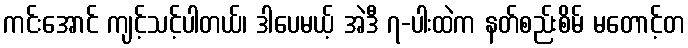
ကင်းအောင် ကျင့်သင့်ပါတယ်၊ ဒါပေမယ့် အဲဒီ ၇-ပါးထဲက နတ်စည်းစိမ် မတောင့်တ